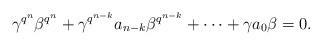
LaTeX: \begin{align*} \gamma^{q^n}\beta^{q^n}+\gamma^{q^{n-k}}a_{n-k}\beta^{q^{n-k}}+\cdots +\gamma a_0 \beta=0. \end{align*}